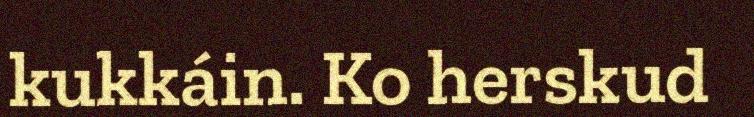
kukkáin. Ko herskud